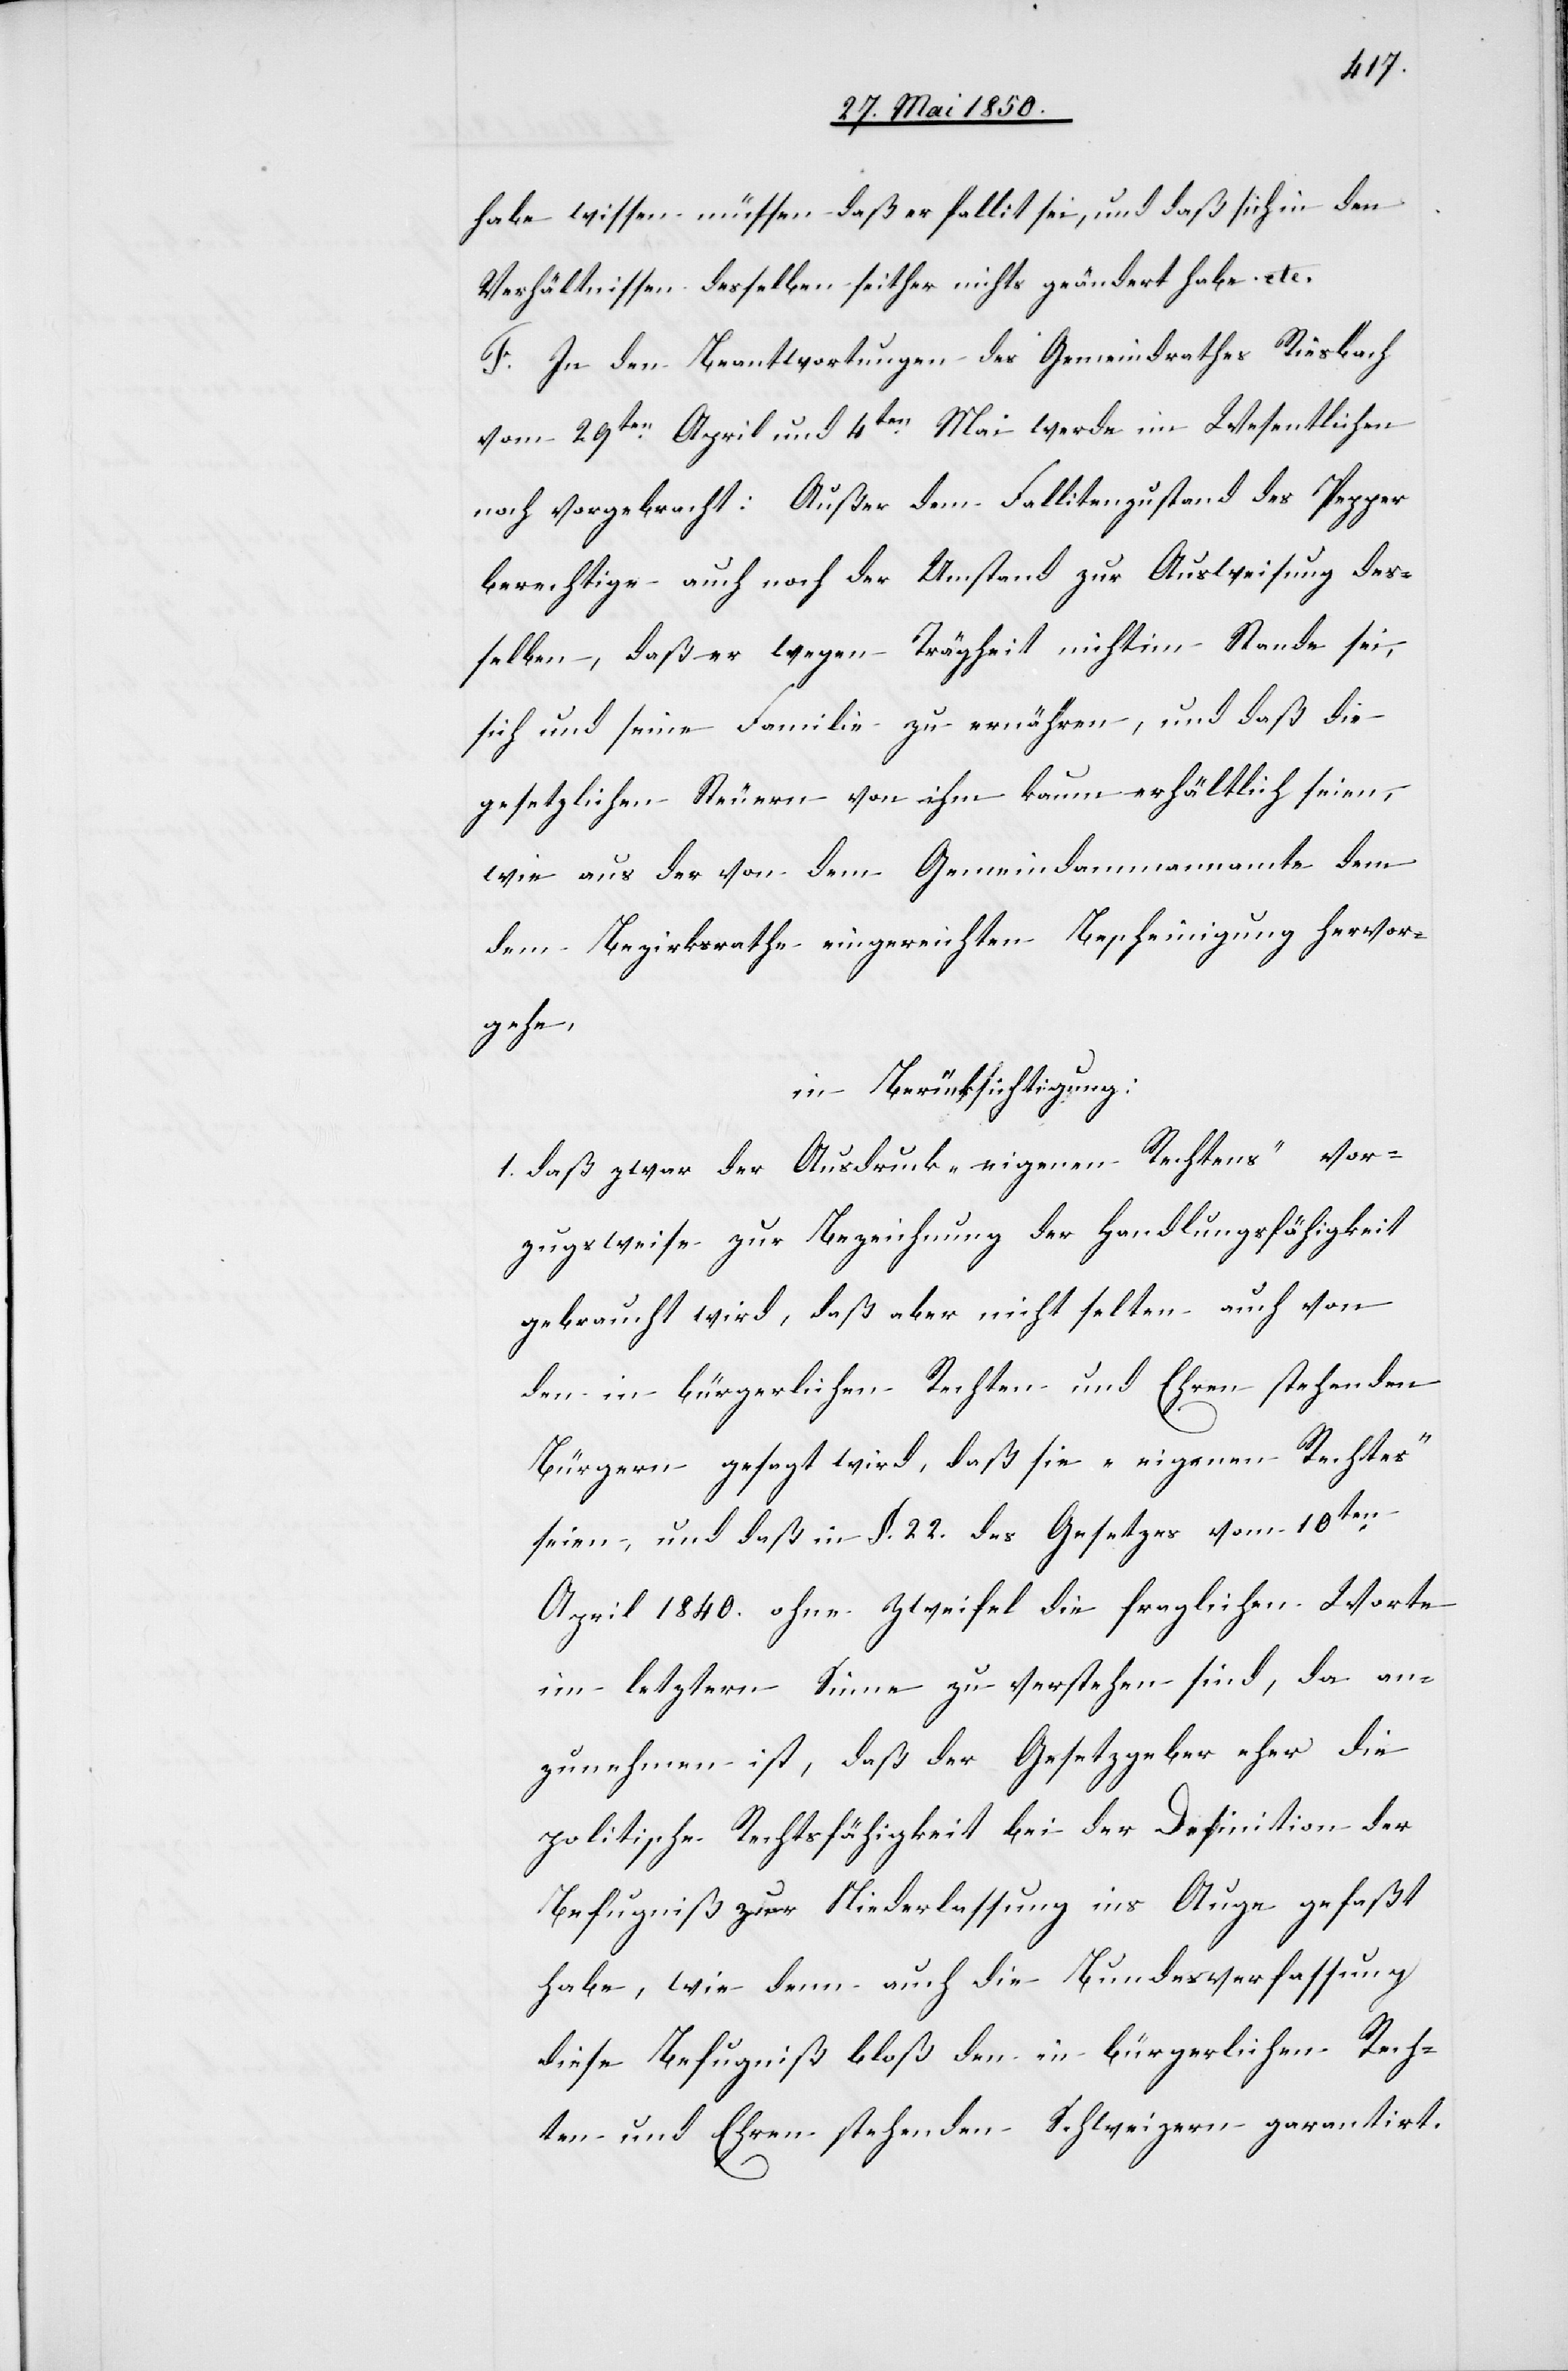
habe wissen müssen daß er fallit sei, und daß sich in den
Verhältnissen desselben seither nichts geändert habe etc.
F. In den Beantwortungen des Gemeindrathes Riesbach
vom 29ten April und 4ten Mai werde im Wesentlichen
noch vorgebracht: Außer dem Fallitenzustand des Pepper
berechtige auch noch der Umstand zur Ausweisung des¬
selben, daß er wegen Trägheit nicht im Stande sei,
sich und seine Familie zu ernähren, und daß die
gesetzlichen Steuern von ihm kaum erhältlich seien,
wie aus der von dem Gemeindammannamte dem
Bezirksrathe eingereichten Bescheinigung hervor¬
gehe,
in Berücksichtigung:
1. daß zwar der Ausdruck „eigenen Rechtens“ vor¬
zugsweise zur Bezeichnung der Handlungsfähigkeit
gebraucht wird, daß aber nicht selten auch von
den in bürgerlichen Rechten und Ehren stehenden
Bürgern gesagt wird, daß sie „eigenen Rechtes“
seien, und daß in §. 22. des Gesetzes vom 10ten
April 1840. ohne Zweifel die fraglichen Worte
im letztern Sinne zu verstehen sind, da an¬
zunehmen ist, daß der Gesetzgeber eher die
politische Rechtsfähigkeit bei der Definition der
Befugniß zur Niederlassung ins Auge gefaßt
habe, wie denn auch die Bundesverfassung
diese Befugniß bloß den in bürgerlichen Rech¬
ten und Ehren stehenden Schweizern garantirt.